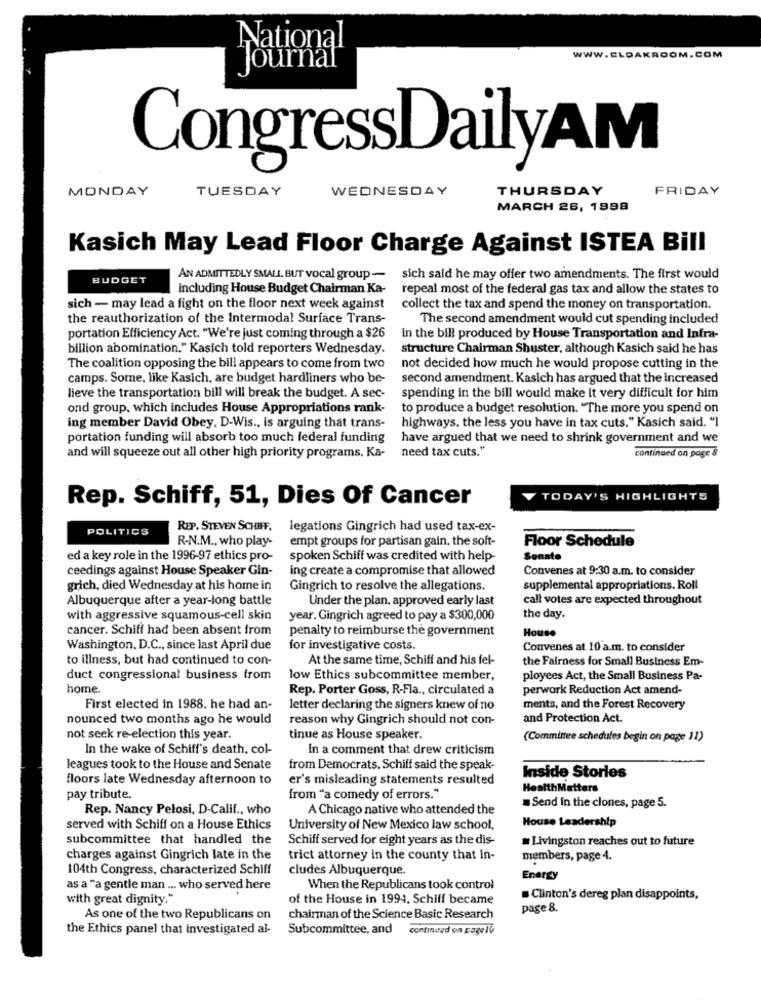
National
WWW.ELDAKROOM.COM
"Jöürñäľ
0
Congress.DailyAM
MONDAY
TUESDAY
WEDNESDAY
THURSDAY
FRIDAY
MARCH 26, 1998
Kasich May Lead Floor Charge Against ISTEA Bill
BUDGET
AN ADMITTEDLY SMALL BUT vocal group-
sich said he may offer two amendments. The first would
including House Budget Chairman Ka-
repeal most of the federal gas tax and allow the states to
sich - may lead a fight on the floor next week against
collect the tax and spend the money on transportation.
the reauthorization of the Intermodal Surface Trans-
The second amendment would cut spending included
portation Efficiency Act. "We're just coming through a $26
In the bill produced by House Transportation and Infra-
billion abomination." Kasich told reporters Wednesday.
structure Chairman Shuster, although Kasich said he has
The coalition opposing the bill appears to come from two
not decided how much he would propose cutting in the
camps. Some, like Kasich, are budget hardliners who be-
second amendment. Kasich has argued that the increased
lieve the transportation bill will break the budget. A sec-
spending in the bill would make it very difficult for him
ond group, which includes House Appropriations rank-
to produce a budget resolution. "The more you spend on
highways, the less you have in tax cuts." Kasich said. "I
ing member David Obey, D-Wis ., is arguing that trans-
portation funding will absorb too much federal funding
have argued that we need to shrink government and we
need tax cuts."
continued on page &
and will squeeze out all other high priority programs. Ka-
Rep. Schiff, 51, Dies Of Cancer
TODAY'S HIGHLIGHTS
POLITICS
REP. STEVEN SCHIFF.
legations Gingrich had used tax-ex-
R-N.M ., who play-
empt groups for partisan gain, the soft-
Floor Schedule
ed a key role in the 1996-97 ethics pro-
spoken Schiff was credited with help-
Sonate
ceedings against House Speaker Gin-
ing create a compromise that allowed
Convenes at 9:30 a.m. to consider
grich, died Wednesday at his home in
Gingrich to resolve the allegations.
supplemental appropriations. Roll
Albuquerque after a year-long battle
Under the plan, approved early last
call votes are expected throughout
with aggressive squamous-cell skin
year. Gingrich agreed to pay a $300,000
the day.
cancer. Schiff had been absent from
penalty to reimburse the government
House
Washington, D.C ., since last April due
for investigative costs.
Convenes at 10 a.m. to consider
to illness, but had continued to con-
At the same time, Schiff and his fel-
the Fairness for Small Business Em-
duct congressional business from
low Ethics subcommittee member,
ployees Act, the Small Business Pa-
home.
Rep. Porter Goss, R-Fla ., circulated a
perwork Reduction Act amend-
First elected in 1988. he had an-
letter declaring the signers knew of no
ments, and the Forest Recovery
nounced two months ago he would
reason why Gingrich should not con-
and Protection Act.
not seek re-election this year.
tinue as House speaker.
(Committee schedules begin on page 11)
In the wake of Schiff's death, col-
In a comment that drew criticism
leagues took to the House and Senate
from Democrats, Schiff said the speak-
floors late Wednesday afternoon to
er's misleading statements resulted
Inside Stories
HealthMatters
pay tribute.
from "a comedy of errors."
.Send in the clones, page 5.
Rep. Nancy Pelosi, D-Calif ., who
A Chicago native who attended the
House Leadership
served with Schiff on a House Ethics
University of New Mexico law school,
subcommittee that handled the
Schiff served for eight years as the dis-
Livingston reaches out to future
charges against Gingrich late in the
trict attorney in the county that in-
members, page 4.
104th Congress, characterized Schiff
cludes Albuquerque.
Energy
as a "a gentle man ... who served here
When the Republicans took control
with great dignity."
of the House in 1994. Schiff became
. Clinton's dereg plan disappoints,
page 8.
As one of the two Republicans on
chairman of the Science Basic Research
the Ethics panel that investigated al-
Subcommittee, and
continued on pagelle